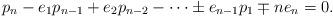
LaTeX: \begin{align*}p_n - e_1p_{n-1} + e_2p_{n-2} - \dots \pm e_{n-1}p_1\mp ne_n = 0.\end{align*}